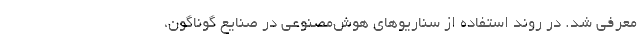
معرفی شد. در روند استفاده از سناریوهای هوش‌مصنوعی در صنایع گوناگون،